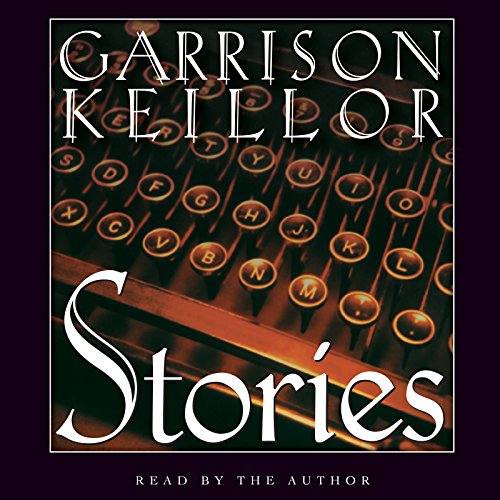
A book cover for Stories: An Audio Collection; Garrison Keillor; Humor & Entertainment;